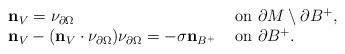
LaTeX: \begin{align*}\begin{array}{ll} \mathbf n_V=\nu_{\partial\Omega} & \mbox{ on }\partial M\setminus \partial B^+, \\\mathbf n_V-(\mathbf n_V\cdot \nu_{\partial\Omega})\nu_{\partial\Omega}=-\sigma\mathbf n_{B^+} & \mbox{ on }\partial B^+.\end{array}\end{align*}